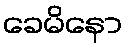
ခေမိနော